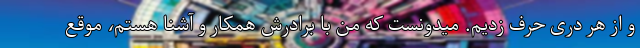
و از هر دری حرف زدیم. میدونست که من با برادرش همکار و آشنا هستم، موقع